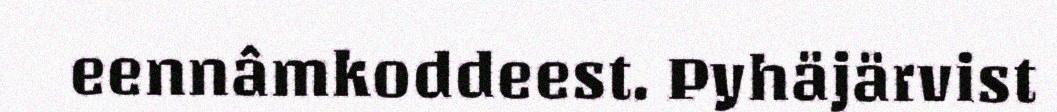
eennâmkoddeest. Pyhäjärvist